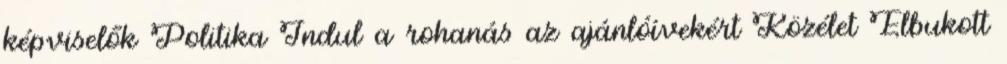
képviselők Politika Indul a rohanás az ajánlóívekért Közélet Elbukott